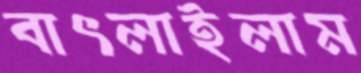
বাৎলাইলাম